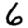
Digit: 6